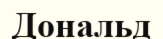
Дональд